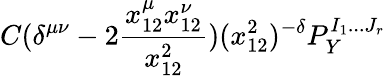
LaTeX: C(\delta^{\mu\nu}-2\frac{x_{12}^{\mu}x_{12}^{\nu}}{x_{12}^{2}})(x_{12}^{2})^{-\delta}P_{Y}^{I_{1}...J_{r}}